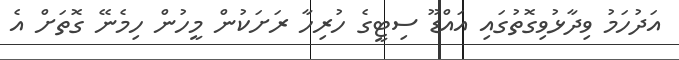
އަދުހަމު ވިދާޅުވިގޮތުގައި އައްޑޫ ސިޓީގެ ހުރިހާ ރަށަކުން މީހުން ހިމެނޭ ގޮތަށް އެ